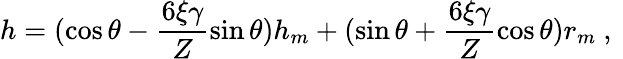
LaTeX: h=(\cos\theta-\frac{6\xi\gamma}{Z}\sin\theta)h_{m}+(\sin\theta+\frac{6\xi\gamma}{Z}\cos\theta)r_{m}\mathrm{~,~}